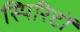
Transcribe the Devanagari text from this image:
स्पिरिटों